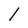
Character: l